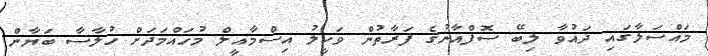
މައްސަލާގައި ދައުވާ ލިބޭ ސޮފްއާނުގެ ފަރާތުން ވަކީލު އިސްމާއީލް މުހައްމަދަށް ހުލާސާ ބަޔާން